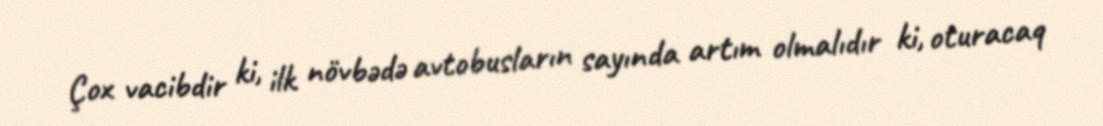
Çox vacibdir ki, ilk növbədə avtobusların sayında artım olmalıdır ki, oturacaq